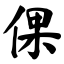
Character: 倮